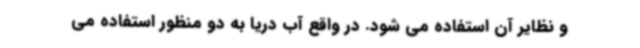
و نظایر آن استفاده می شود. در واقع آب دریا به دو منظور استفاده می